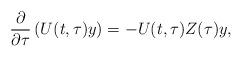
LaTeX: \begin{align*}\frac{\partial}{\partial \tau} \left( U(t,\tau) y \right) = - U(t,\tau) Z(\tau) y,\end{align*}